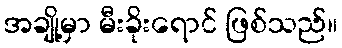
အချို့မှာ မီးခိုးရောင် ဖြစ်သည်။